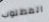
المطلوب